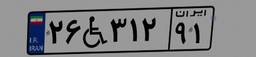
۲۶W۳۱۲۹۱